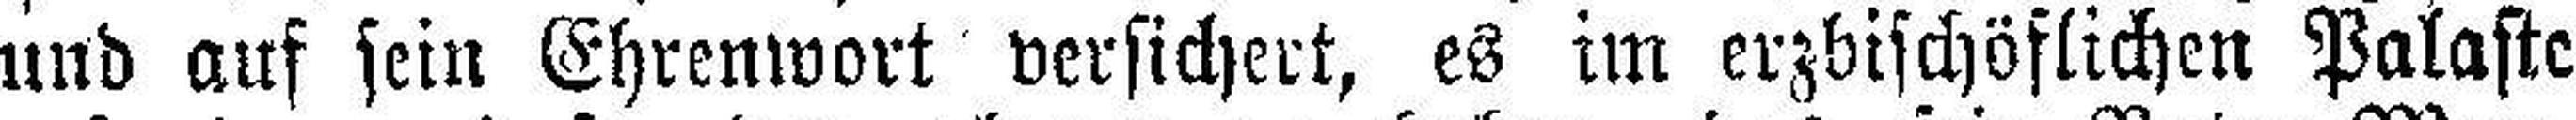
und auf sein Ehrenwort versichert, es im erzbischöflichen Palaste